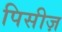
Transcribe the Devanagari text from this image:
पिसीज़